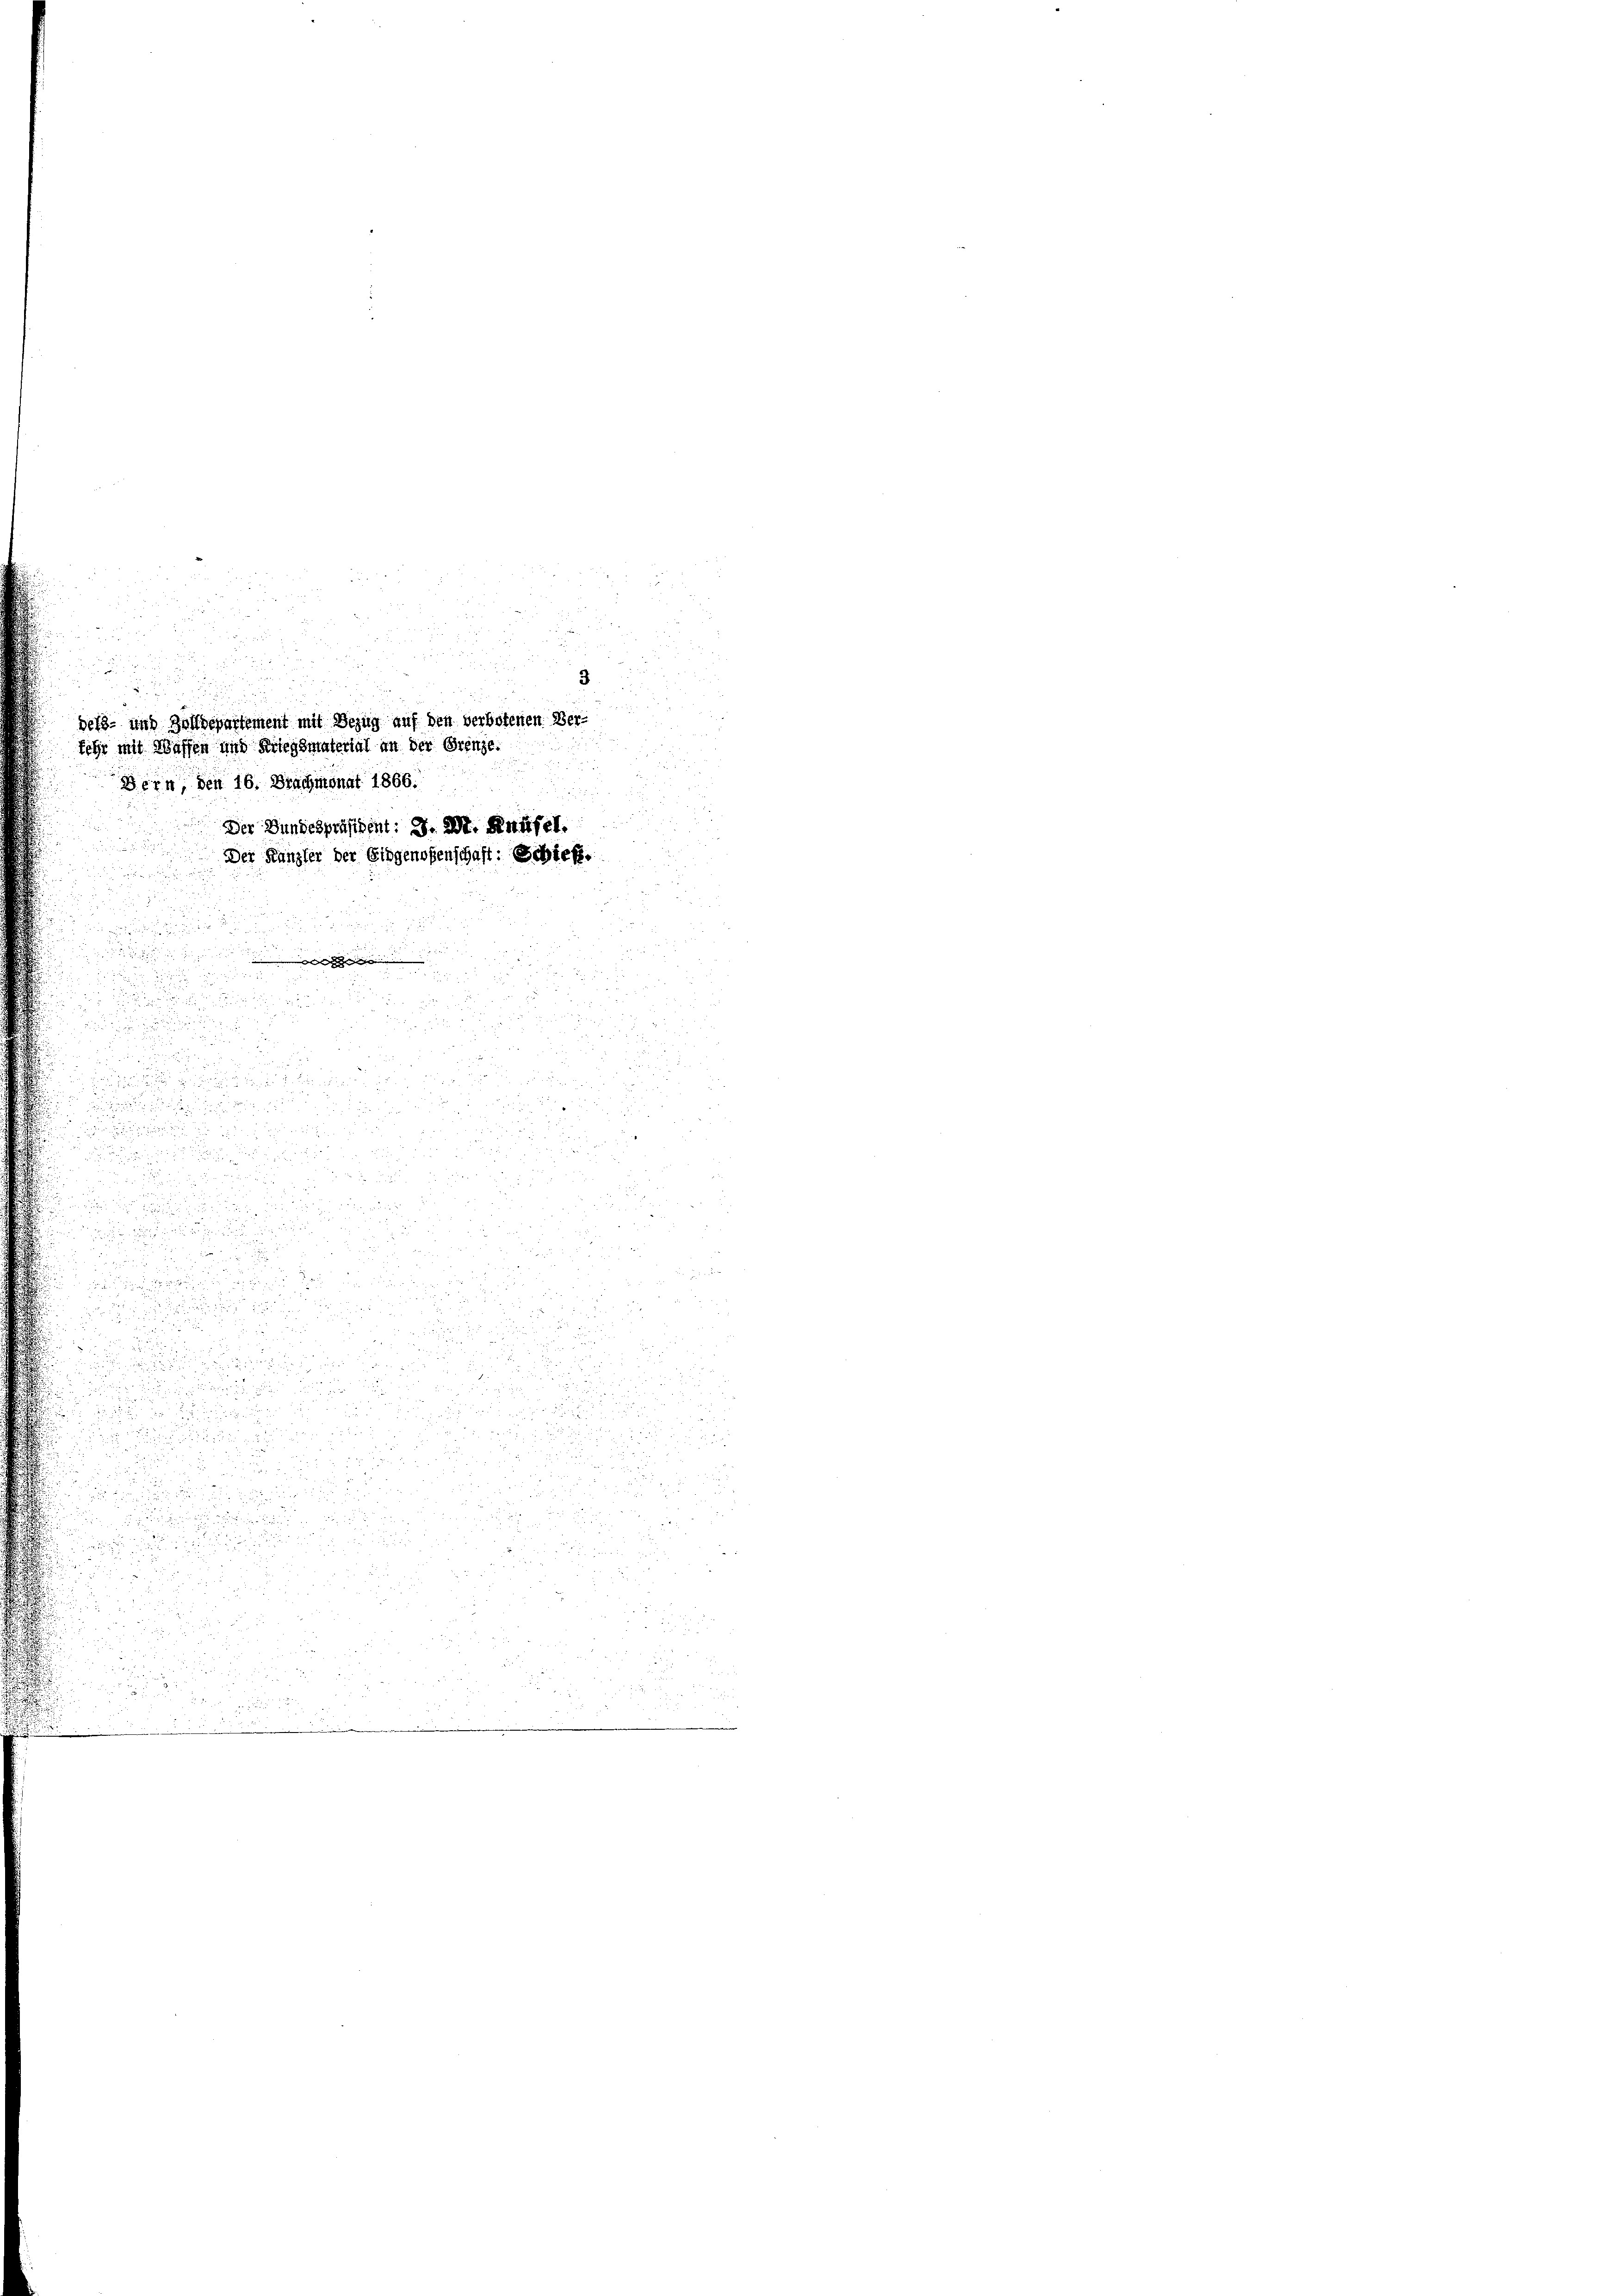
8 20

e

u

nimia |

.
g

3
2

 000

.

.

e
d
e
dels- und Zolldepartement mit Bezug auf den verbotenen Ver-
fehr mit Waffen und Kriegsmaterial an der Grenze.
Bern, den 16. Brachmonat 1866.
Der Bundespräsident: J. M. Knüsel.
Der Kanzler der Eidgenoßenschaft: Schief

u
3.